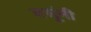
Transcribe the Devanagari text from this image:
बसूंनी